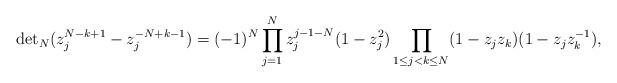
LaTeX: \begin{align*}\mathrm{det}_N(z_j^{N-k+1}-z_j^{-N+k-1})=(-1)^N \prod_{j=1}^N z_j^{j-1-N}(1-z_j^2)\prod_{1 \le j <k \le N}(1-z_j z_k)(1-z_j z_k^{-1}),\end{align*}